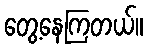
တွေ့နေကြတယ်။